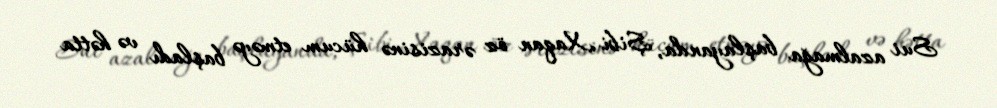
Sui azalmağa başlayanda, Şibi Xaqan öz ərazisinə hücum etməyə başladı və hətta